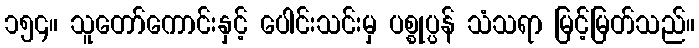
၁၅၄။ သူတော်ကောင်းနှင့် ပေါင်းသင်းမှ ပစ္စုပ္ပန် သံသရာ မြင့်မြတ်သည်။